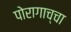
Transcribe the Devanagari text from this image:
पोरागाच्चा